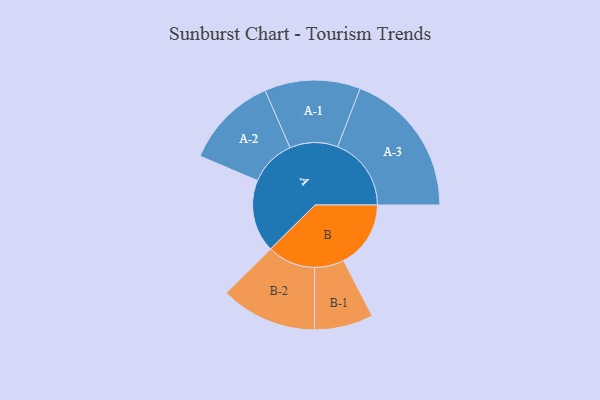
{"axis": {"x": "Segment", "y": "Value"}, "legend": ["", "A", "B"], "data": [{"x": "A", "y": 256, "type": ""}, {"x": "B", "y": 237, "type": ""}, {"x": "A-1", "y": 169, "type": "A"}, {"x": "A-2", "y": 164, "type": "A"}, {"x": "A-3", "y": 260, "type": "A"}, {"x": "B-1", "y": 104, "type": "B"}, {"x": "B-2", "y": 170, "type": "B"}]}